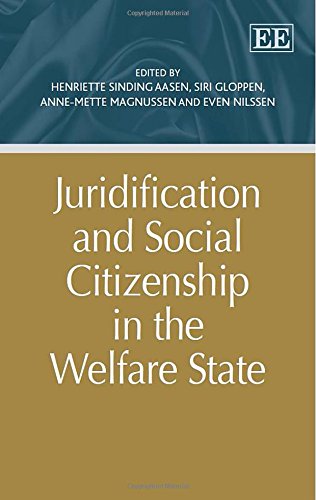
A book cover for Juridification and Social Citizenship in the Welfare State; Henriette Sinding Aasen; Law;